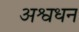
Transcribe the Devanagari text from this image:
अश्वधन